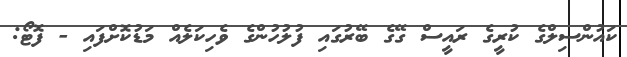
ކައުންސިލްގެ ކުރީގެ ރައީސް ގޭގެ ބޭރުގައި ފުލުހުންގެ ވެހިކަލެއް މަޑުކޮށްފައި - ފޮޓޯ: